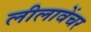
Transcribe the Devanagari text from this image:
लीलावेंचर